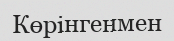
Көрінгенмен